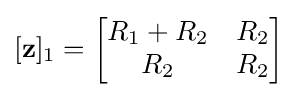
[\mathbf {z} ]_{1}={\begin{bmatrix}R_{1}+R_{2}&R_{2}\\R_{2}&R_{2}\end{bmatrix}}